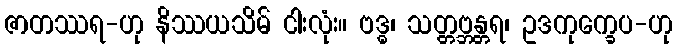
ဇာတဿရ-ဟု နိဿယသိမ် ငါးလုံး။ ဗဒ္ဓ၊ သတ္တဗ္ဘန္တရ၊ ဥဒကုက္ခေပ-ဟု